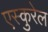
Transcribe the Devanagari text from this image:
एस्कुरेल